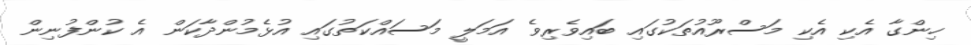
ހިންގާ އެކި އެކި މަސްރޫއުތަކުގައި ބައިވެރިވެ އަމަލީ މަސައްކަތުގައި އުޅެމުންދާކަން އެ ކުންފުނިން